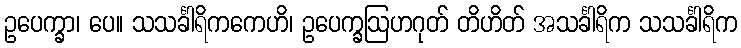
ဥပေက္ခာ၊ ပေ။ သသင်္ခါရိကကေဟိ၊ ဥပေက္ခဩဟဂုတ် တိဟိတ် အသင်္ခါရိက သသင်္ခါရိက